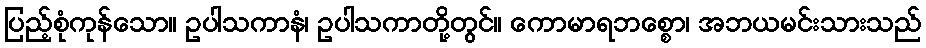
ပြည့်စုံကုန်သော။ ဥပါသကာနံ၊ ဥပါသကာတို့တွင်။ ကောမာရဘစ္စော၊ အဘယမင်းသားသည်